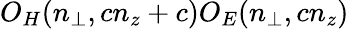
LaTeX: O_{H}(n_{\perp},cn_{z}+c)O_{E}(n_{\perp},cn_{z})